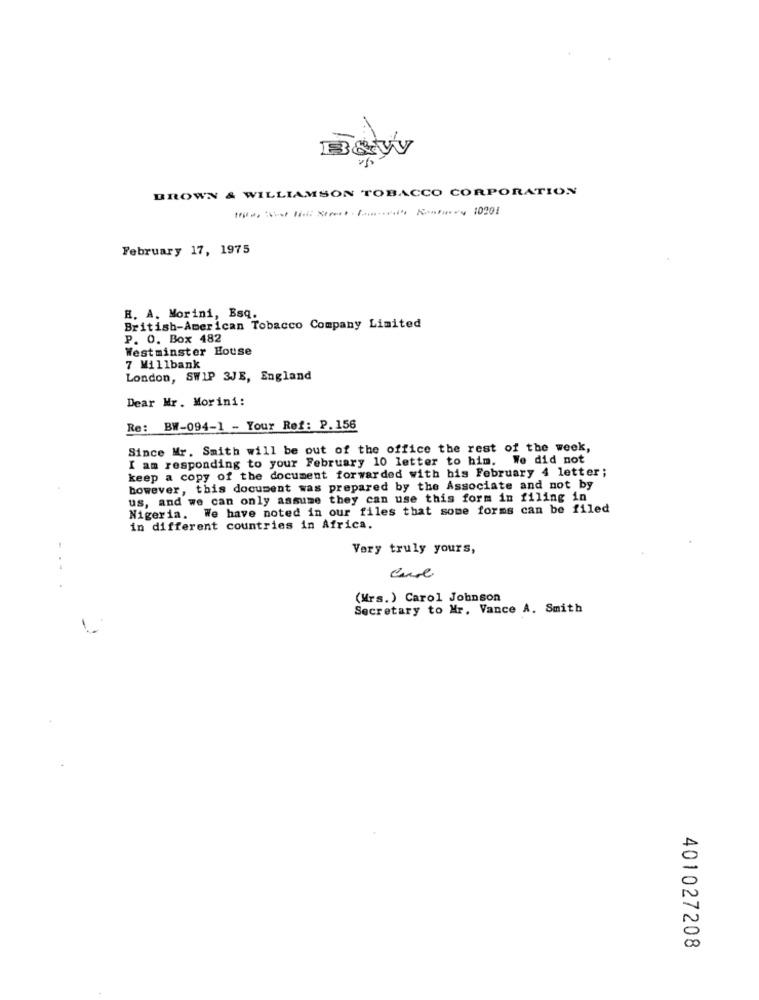
Baty
BROWN & WILLIAMSON TOBACCO CORPORATION
February 17, 1975
R. A. Morini, Esq.
British-American Tobacco Company Limited
P. O. Box 482
Westminster House
7 Millbank
London, SWIP 3JE, England
Dear Mr. Morini:
Re: BW-094-1 - Your Ref: P. 156
Since Mr. Smith will be out of the office the rest of the week,
I am responding to your February 10 letter to him. We did not
keep a copy of the document forwarded with bis February 4 letter;
however, this document was prepared by the Associate and not by
us, and we can only assume they can use this form in filing in
Nigeria. We have noted in our files that some forms can be filed
in different countries in Africa.
Very truly yours,
. .
(Mrs.) Carol Johnson
Secretary to Mr. Vance A. Smith
401027208